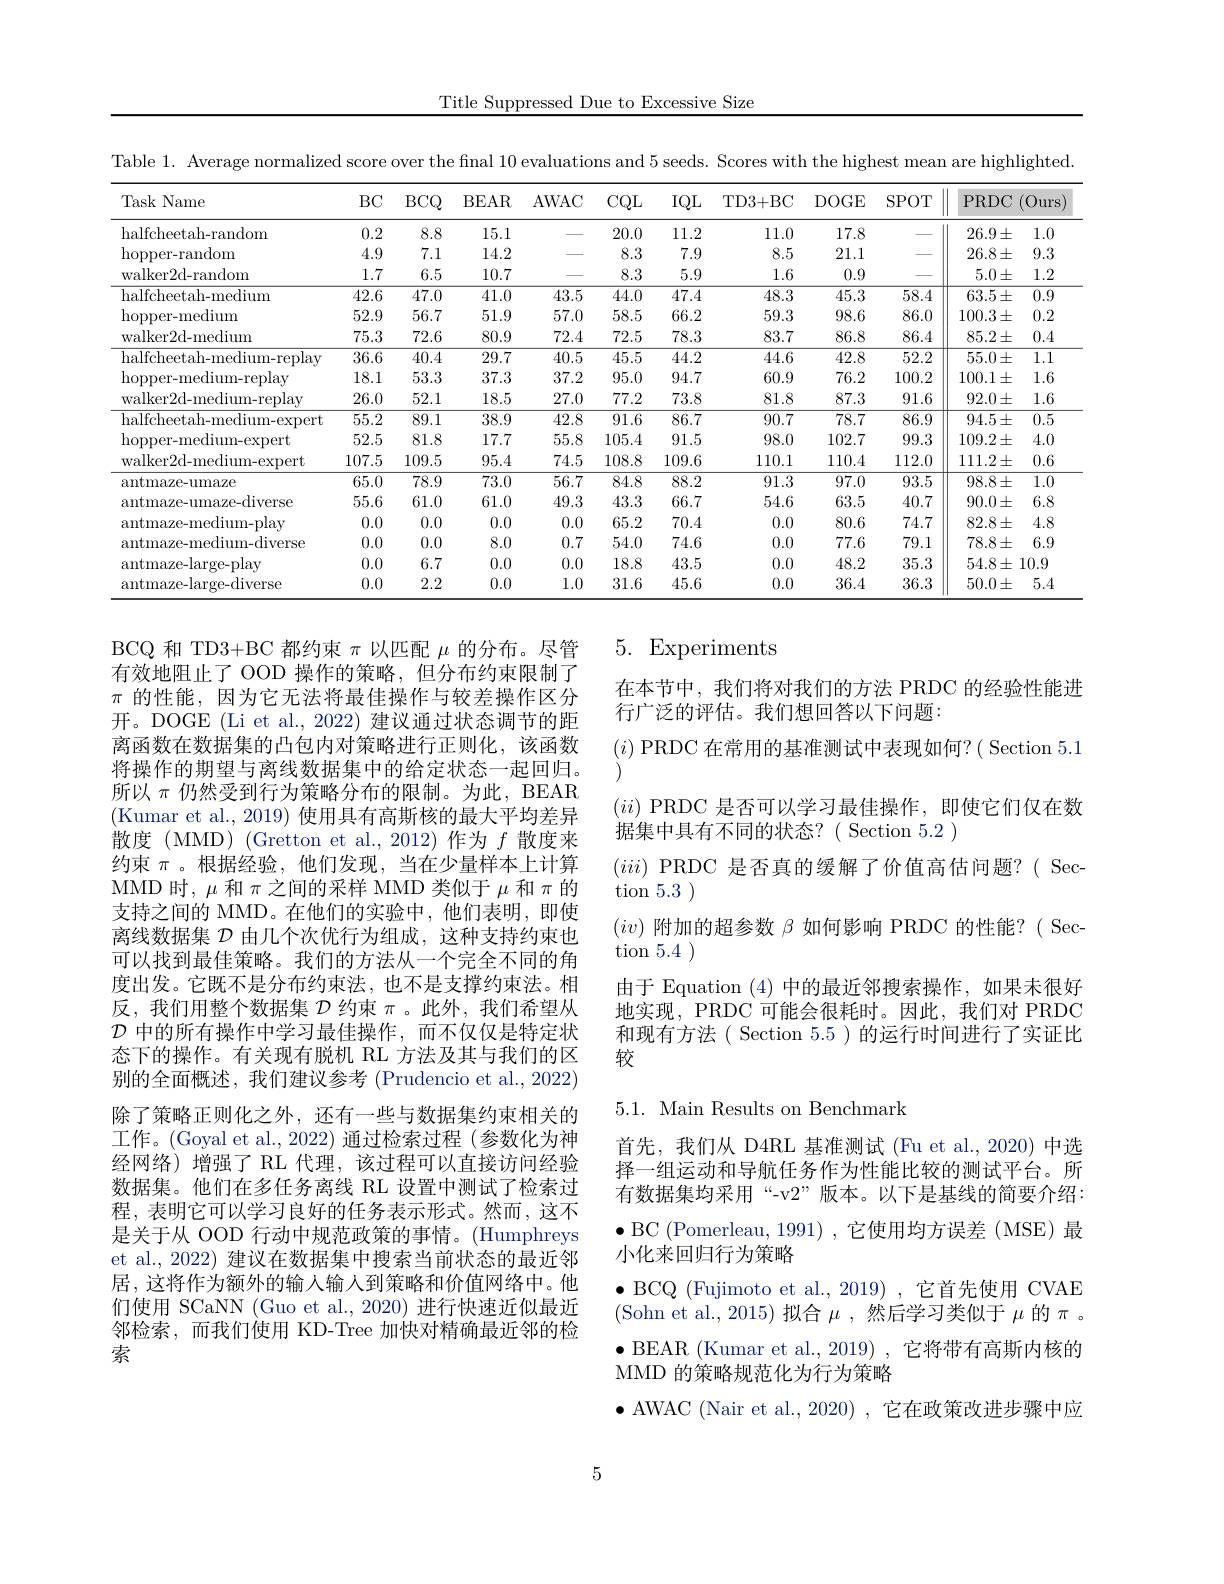
Title Suppressed Due to Excessive Size

Table 1. Average normalized score over the final 10 evaluations and 5 seeds. Scores with the highest mean are highlighted.
<table>
	<tbody>
		<tr>
			<th>Task Name</th>
			<th>$BC$</th>
			<th>$BCQ$</th>
			<th>BEAR</th>
			<th>AWAC</th>
			<th>$CQL$</th>
			<th>$IQL$</th>
			<th>TD3+ BC</th>
			<th>DOGE</th>
			<th>SPOT</th>
			<th>PRDC</th>
			<th>$:(Ours)$</th>
		</tr>
		<tr>
			<td>halfcheetah- random</td>
			<td>0.2</td>
			<td>8.8</td>
			<td>15.1</td>
			<td> </td>
			<td>20.0</td>
			<td>11.2</td>
			<td>11.0</td>
			<td>17.8</td>
			<td> </td>
			<td>$26.9\pm$</td>
			<td>1.0</td>
		</tr>
		<tr>
			<td>$\operatorname{hopper-random}$</td>
			<td>4.9</td>
			<td>7.1</td>
			<td>14.2</td>
			<td> </td>
			<td>8.3</td>
			<td>7.9</td>
			<td>8.5</td>
			<td>21.1</td>
			<td> </td>
			<td>$26.8\pm$</td>
			<td>9.3</td>
		</tr>
		<tr>
			<td>walker2d-random</td>
			<td>1.7</td>
			<td>6.5</td>
			<td>10.7</td>
			<td> </td>
			<td>8.3</td>
			<td>5.9</td>
			<td>1.6</td>
			<td>0.9</td>
			<td> </td>
			<td>$5.0\pm$</td>
			<td>1.2</td>
		</tr>
		<tr>
			<td>halfcheetah- medium</td>
			<td>42.6</td>
			<td>47.0</td>
			<td>41.0</td>
			<td>43.5</td>
			<td>44.0</td>
			<td>47.4</td>
			<td>48.3</td>
			<td>45.3</td>
			<td>58.4</td>
			<td>$63.5\pm$</td>
			<td>0.9</td>
		</tr>
		<tr>
			<td>hopper- medium</td>
			<td>52.9</td>
			<td>56.7</td>
			<td>51.9</td>
			<td>57.0</td>
			<td>58.5</td>
			<td>66.2</td>
			<td>59.3</td>
			<td>98.6</td>
			<td>86.0</td>
			<td>$100.3\pm$</td>
			<td>0.2</td>
		</tr>
		<tr>
			<td>walker2d-medium</td>
			<td>75.3</td>
			<td>72.6</td>
			<td>80.9</td>
			<td>72.4</td>
			<td>72.5</td>
			<td>78.3</td>
			<td>83.7</td>
			<td>86.8</td>
			<td>86.4</td>
			<td>$85.2\pm$</td>
			<td>0.4</td>
		</tr>
		<tr>
			<td>halfcheetah- medium- replay</td>
			<td>36.6</td>
			<td>40.4</td>
			<td>29.7</td>
			<td>40.5</td>
			<td>45.5</td>
			<td>44.2</td>
			<td>44.6</td>
			<td>42.8</td>
			<td>52.2</td>
			<td>$55.0\pm$</td>
			<td>$\overline{1.1}$</td>
		</tr>
		<tr>
			<td>hopper- medium- replay</td>
			<td>18.1</td>
			<td>53.3</td>
			<td>37.3</td>
			<td>37.2</td>
			<td>95.0</td>
			<td>94.7</td>
			<td>60.9</td>
			<td>76.2</td>
			<td>100.2</td>
			<td>$100.1\pm$</td>
			<td>1.6</td>
		</tr>
		<tr>
			<td>walker2d- medium- replay</td>
			<td>26.0</td>
			<td>52.1</td>
			<td>18.5</td>
			<td>27.0</td>
			<td>77.2</td>
			<td>73.8</td>
			<td>81.8</td>
			<td>87.3</td>
			<td>91.6</td>
			<td>$92.0\pm$</td>
			<td>1.6</td>
		</tr>
		<tr>
			<td>halfcheetah- medium- expert</td>
			<td>55.2</td>
			<td>89.1</td>
			<td>38.9</td>
			<td>42.8</td>
			<td>91.6</td>
			<td>86.7</td>
			<td>90.7</td>
			<td>78.7</td>
			<td>86.9</td>
			<td>$94.5\pm$</td>
			<td>0.5</td>
		</tr>
		<tr>
			<td>hopper- medium- expert</td>
			<td>52.5</td>
			<td>81.8</td>
			<td>17.7</td>
			<td>55.8</td>
			<td>105.4</td>
			<td>91.5</td>
			<td>98.0</td>
			<td>102.7</td>
			<td>99.3</td>
			<td>$109.2\pm$</td>
			<td>4.0</td>
		</tr>
		<tr>
			<td>walker2d-medium-expert</td>
			<td>107.5</td>
			<td>109.5</td>
			<td>95.4</td>
			<td>74.5</td>
			<td>108.8</td>
			<td>109.6</td>
			<td>110.1</td>
			<td>110.4</td>
			<td>112.0</td>
			<td>$111.2\pm$</td>
			<td>0.6</td>
		</tr>
		<tr>
			<td>antmaze-umaze</td>
			<td>65.0</td>
			<td>78.9</td>
			<td>73.0</td>
			<td>56.7</td>
			<td>84.8</td>
			<td>88.2</td>
			<td>91.3</td>
			<td>97.0</td>
			<td>93.5</td>
			<td>$98.8\pm$</td>
			<td>$\overline{1.0}$</td>
		</tr>
		<tr>
			<td>antmaze-umaze-diverse</td>
			<td>55.6</td>
			<td>61.0</td>
			<td>61.0</td>
			<td>49.3</td>
			<td>43.3</td>
			<td>66.7</td>
			<td>54.6</td>
			<td>63.5</td>
			<td>40.7</td>
			<td>$90.0\pm$</td>
			<td>6.8</td>
		</tr>
		<tr>
			<td>antmaze-medium-play</td>
			<td>0.0</td>
			<td>0.0</td>
			<td>0.0</td>
			<td>0.0</td>
			<td>65.2</td>
			<td>70.4</td>
			<td>0.0</td>
			<td>80.6</td>
			<td>74.7</td>
			<td>$82.8\pm$</td>
			<td>4.8</td>
		</tr>
		<tr>
			<td>antmaze-medium-diverse</td>
			<td>0.0</td>
			<td>0.0</td>
			<td>8.0</td>
			<td>0.7</td>
			<td>54.0</td>
			<td>74.6</td>
			<td>0.0</td>
			<td>77.6</td>
			<td>79.1</td>
			<td>$78.8\pm$</td>
			<td>6.9</td>
		</tr>
		<tr>
			<td>antmaze-large-play</td>
			<td>0.0</td>
			<td>6.7</td>
			<td>0.0</td>
			<td>0.0</td>
			<td>18.8</td>
			<td>43.5</td>
			<td>0.0</td>
			<td>48.2</td>
			<td>35.3</td>
			<td>$54.8\pm$</td>
			<td>10.9</td>
		</tr>
		<tr>
			<td>antmaze-large-diverse</td>
			<td>0.0</td>
			<td>2.2</td>
			<td>0.0</td>
			<td>1.0</td>
			<td>31.6</td>
			<td>45.6</td>
			<td>0.0</td>
			<td>36.4</td>
			<td>36.3</td>
			<td>$50.0\pm$</td>
			<td>5.4</td>
		</tr>
	</tbody>
</table>

5. Experiments

在本节中，我们将对我们的方法 PRDC 的经验性能进
行广泛的评估。我们想回答以下问题：
$(i)$ PRDC 在常用的基准测试中表现如何？( Section 5.1

$(ii)$ PRDC 是否可以学习最佳操作，即使它们仅在数
据集中具有不同的状态？( Section 5.2)
$(iii)$ PRDC 是否真的缓解了价值高估问题？( Sec-
tion 5.3
$(iv)$附加的超参数$\beta$如何影响 PRDC 的性能？( Sec-
tion 5.4
由于 Equation (4)中的最近邻搜索操作，如果未很好地实现，PRDC 可能会很耗时。因此，我们对 PRDC 和现有方法( Section 5.5) 的运行时间进行了实证比较

BCQ 和 TD3+BC 都约束$\pi$以匹配$\mu$的分布。尽管有效地阻止了 OOD 操作的策略，但分布约束限制了$\pi$的性能，因为它无法将最佳操作与较差操作区分开。DOGE (Li et al., 2022) 建议通过状态调节的距离函数在数据集的凸包内对策略进行正则化，该函数将操作的期望与离线数据集中的给定状态一起回归。所以$\pi$仍然受到行为策略分布的限制。为此，BEAR (Kumar et al., 2019) 使用具有高斯核的最大平均差异散度 (MMD) (Gretton et al.,2012)作为$f$散度来约束$\pi$ 。根据经验，他们发现，当在少量样本上计算MMD 时，$\mu$和$\pi$之间的采样 MMD 类似于$\mu$和$\pi$的支持之间的 MMD。在他们的实验中，他们表明，即使离线数据集$\mathcal{D}$由几个次优行为组成，这种支持约束也可以找到最佳策略。我们的方法从一个完全不同的角度出发。它既不是分布约束法，也不是支撑约束法。相反，我们用整个数据集$\mathcal{D}$约束$\pi$。此外，我们希望从$\mathcal{D}$中的所有操作中学习最佳操作，而不仅仅是特定状态下的操作。有关现有脱机 RL 方法及其与我们的区别的全面概述，我们建议参考 (Prudencio et al., 2022) 除了策略正则化之外，还有一些与数据集约束相关的工作。(Goyal et al., 2022) 通过检索过程 (参数化为神经网络)增强了 RL 代理，该过程可以直接访问经验数据集。他们在多任务离线 RL 设置中测试了检索过程，表明它可以学习良好的任务表示形式。然而，这不是关于从 OOD 行动中规范政策的事情。(Humphreys et al., 2022) 建议在数据集中搜索当前状态的最近邻居，这将作为额外的输入输人到策略和价值网络中。他们使用 SCaNN (Guo et al., 2020) 进行快速近似最近邻检索，而我们使用 KD-Tree 加快对精确最近邻的检索

## 5.1. Main Results on Benchmark

首先，我们从 D4RL 基准测试 (Fu et al.,2020) 中选择一组运动和导航任务作为性能比较的测试平台。所有数据集均采用“-v2”版本。以下是基线的简要介绍： $\bullet$BC(Pomerleau,1991),它使用均方误差(MSE)最小化来回归行为策略
$\bullet$ BCQ (Fujimoto et al., 2019),它首先使用 CVAE (Sohn et al.,2015)拟合$\mu$,然后学习类似于$\mu$的$\pi$。$\bullet$ BEAR (Kumar et al., 2019) , 它将带有高斯内核的MMD 的策略规范化为行为策略
$\bullet$ AWAC (Nair et al.,2020) ,它在政策改进步骤中应

5